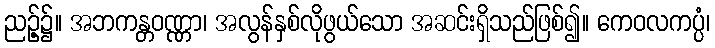
ညဉ့်၌။ အဘကန္တဝဏ္ဏာ၊ အလွန်နှစ်လိုဖွယ်သော အဆင်းရှိသည်ဖြစ်၍။ ကေဝလကပ္ပံ၊